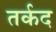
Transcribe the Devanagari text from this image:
तर्कद